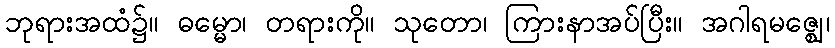
ဘုရားအထံ၌။ ဓမ္မော၊ တရားကို။ သုတော၊ ကြားနာအပ်ပြီး။ အဂါရမဇ္ဈေ၊